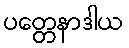
ပတ္တေနာဒါယ